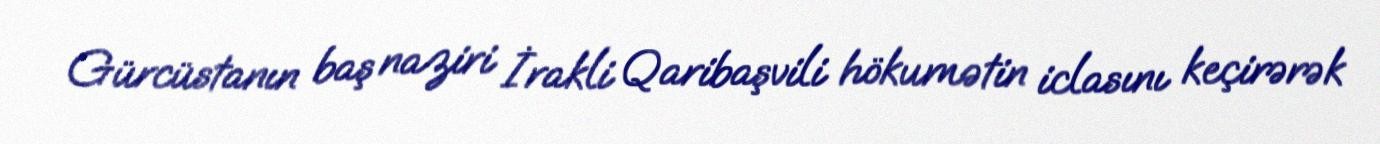
Gürcüstanın baş naziri İrakli Qaribaşvili hökumətin iclasını keçirərək